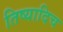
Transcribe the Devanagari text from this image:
तिष्यादिच